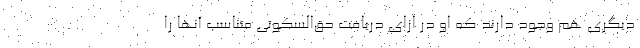
دیگری هم وجود دارند که او در ازای دریافت حق‌السکوتی متناسب آنها را